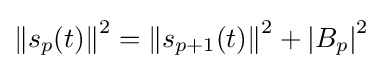
\left\|s_{p}(t)\right\|^{2}=\left\|s_{p+1}(t)\right\|^{2}+\left|B_{p}\right|^{2}